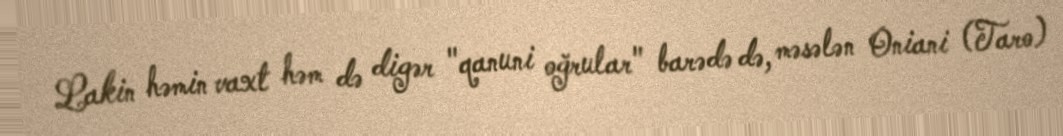
Lakin həmin vaxt həm də digər "qanuni oğrular" barədə də, məsələn Oniani (Taro)